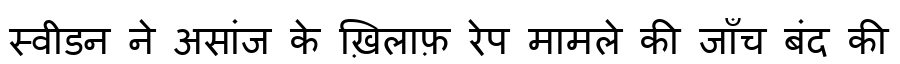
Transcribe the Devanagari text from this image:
स्वीडन ने असांज के ख़िलाफ़ रेप मामले की जाँच बंद की